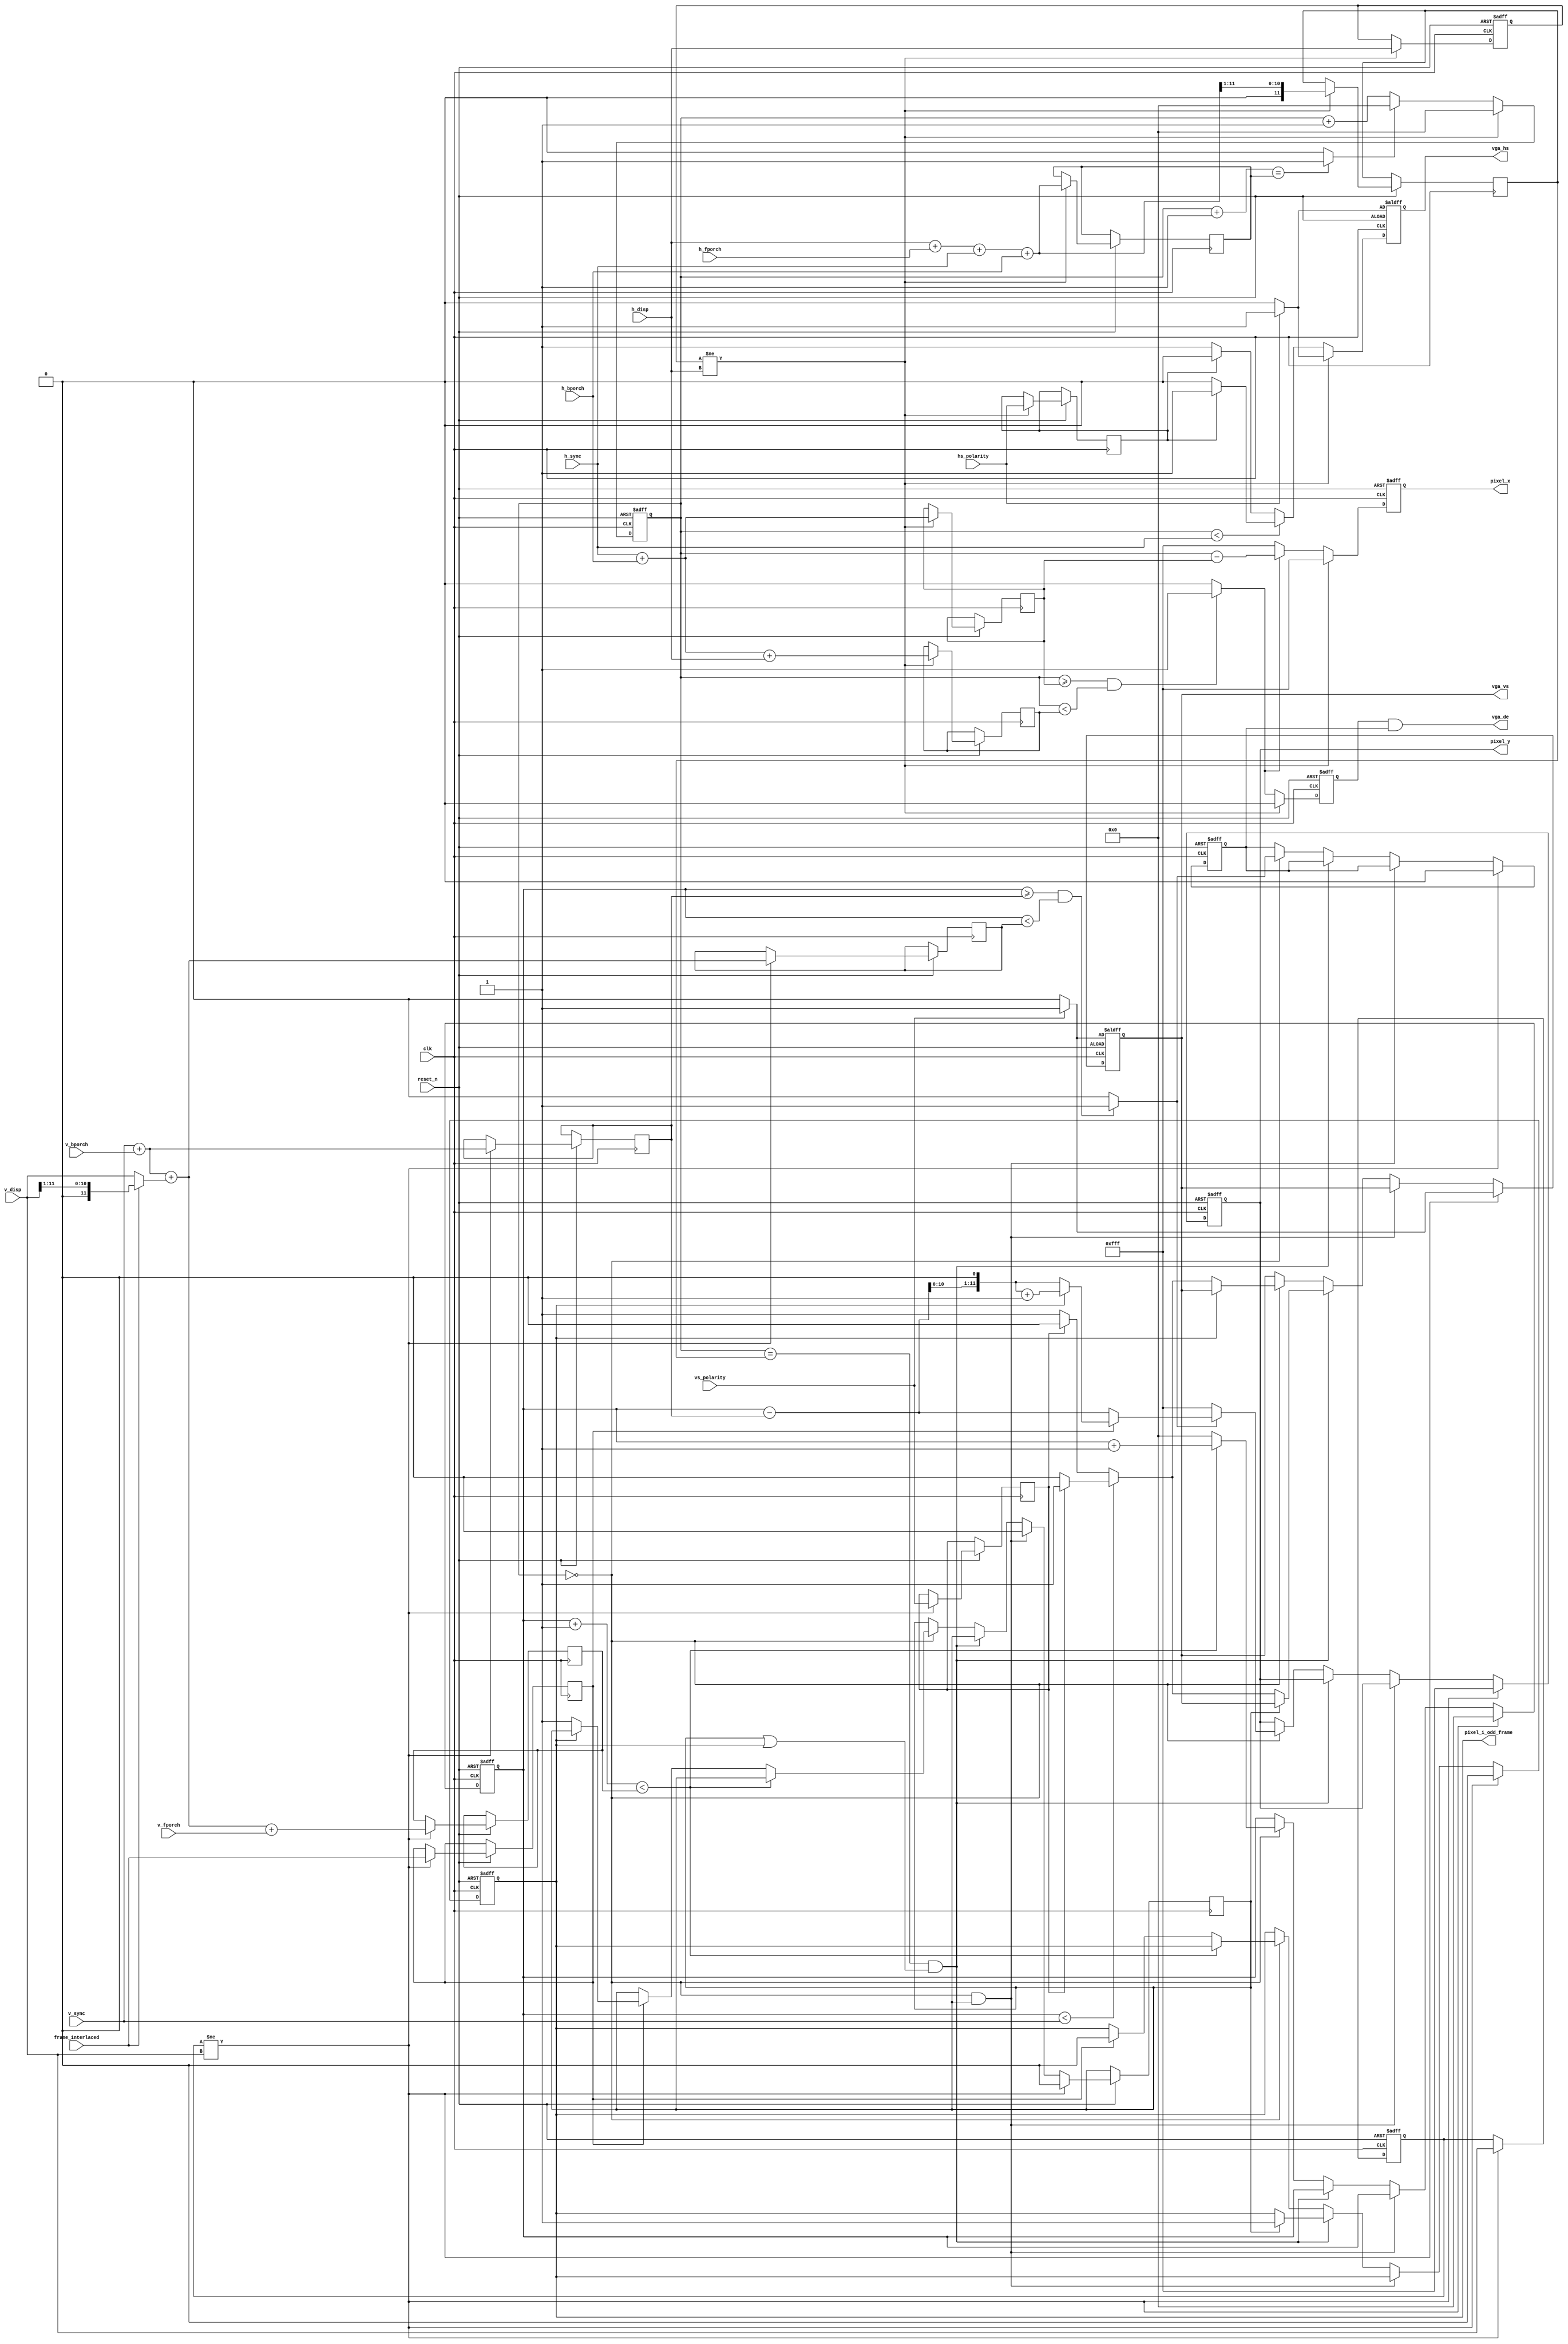
module vga_time_generator(

           clk,
           reset_n,
 
           h_disp,
           h_fporch,
           h_sync,   
           h_bporch,
 
           v_disp,
           v_fporch,
           v_sync,   
           v_bporch,
           
           hs_polarity,
           vs_polarity,
           frame_interlaced,
 
           vga_hs,
           vga_vs,
           vga_de,
           
           pixel_i_odd_frame,
           pixel_x,
           pixel_y
           
 
);

////////////////////////////////////////////////
/////// Port Declare
////////////////////////////////////////////////
input       	clk;
input       	reset_n;

input [11:0]	h_disp;
input [11:0]	h_fporch;
input [11:0]	h_sync;   
input [11:0]	h_bporch;

input [11:0]	v_disp;
input [11:0]	v_fporch;
input [11:0]	v_sync;   
input [11:0]	v_bporch;

input			hs_polarity;
input			vs_polarity;
input			frame_interlaced;

output  reg		vga_hs;
output  reg    	vga_vs;
output      	vga_de;

output	reg		pixel_i_odd_frame;
output  reg	[11:0]	pixel_x;
output  reg	[11:0]	pixel_y;




////////////////////////////////////////////////
///////h sync////////
////////////////////////////////////////////////
//h total sum//
reg [11:0]	h_total;
reg [11:0]	h_total_half;
reg [11:0]	h_pixel_start;
reg [11:0]	h_pixel_end;
reg		  	h_sync_polarity;
reg  	  	vga_h_de;

wire h_de;
wire [11:0] h_valid_pixel_count;
wire h_last_pixel;
assign h_de = (h_counter >= h_pixel_start && h_counter < h_pixel_end)?1'b1:1'b0;
assign h_valid_pixel_count = h_counter - h_pixel_start;
assign h_last_pixel = (h_counter+1 == h_total)?1'b1:1'b0;


//h counter gen //
reg [11:0]h_counter;
reg	[11:0] h_cur_disp;


//	H_Sync, H_Blank Generator, 
always @(posedge clk or negedge reset_n)
begin
	if (!reset_n)
	begin
		h_counter <= 12'h000;
		vga_hs <= hs_polarity?1'b1:1'b0;
		vga_h_de <= 1'b0;
		pixel_x <= 12'hfff;
		h_cur_disp <= 0;
    end
    else if (h_cur_disp != h_disp)
    begin
		h_cur_disp <= h_disp;
		//
		h_total <= h_disp+h_fporch+h_sync+h_bporch;	
		h_total_half <= (h_disp+h_fporch+h_sync+h_bporch ) >> 1;	
		h_pixel_start <= h_sync+h_bporch;
		h_pixel_end <= h_sync+h_bporch+h_disp;
		h_sync_polarity <= hs_polarity;
		//
		h_counter <= 12'h000;
		vga_hs <= hs_polarity?1'b1:1'b0;
		vga_h_de <= 1'b0;
		pixel_x <= 12'hfff;
	end
	else
	begin
		// h_counter
		if (!h_last_pixel) 
			h_counter <= h_counter+1'b1;
		else 
			h_counter <= 0;
			
	    // h sync generator
		if (h_counter < h_sync)
			vga_hs <= h_sync_polarity?1'b1:1'b0;
        else					
			vga_hs <= h_sync_polarity?1'b0:1'b1;
			
	    // de
		pixel_x <= (h_de)?h_valid_pixel_count:12'hfff; 
		vga_h_de <= h_de;
		
    end						
end


////////////////////////////////////////////////
/////v sync///// 
////////////////////////////////////////////////
//v total sum//
reg vga_v_de;
reg [11:0]v_total;
reg [11:0]v_pixel_start;
reg [11:0]v_pixel_end;
reg		  v_sync_polarity;
reg		  v_interlaced;
reg	  	  gen_field1_sync;
reg		  f0_to_f1;

wire [11:0] v_field_total;
wire [11:0] v_field_disp;
wire [11:0] v_valid_line_count;
wire v_de;
assign v_de = (v_counter >= v_pixel_start && v_counter < v_pixel_end)?1'b1:1'b0;
assign v_valid_line_count = v_counter - v_pixel_start;
assign v_field_disp = (frame_interlaced)?(v_disp >> 1):v_disp;
assign v_field_total = v_sync+v_bporch+v_field_disp+v_fporch;

//v counter gen
reg [11:0] v_counter;
reg	[11:0] v_cur_disp;

//	H_Sync, H_Blank Generator, 
always @(posedge clk or negedge reset_n)
begin
	if (!reset_n)
	begin
		v_counter <= 12'h000;
		vga_vs <= vs_polarity?1'b1:1'b0;
		vga_v_de <= 1'b0;
		pixel_y <= 12'hfff;
		pixel_i_odd_frame <= 1'b0;
		v_cur_disp <= 0;
	end
    else if (v_cur_disp != v_disp)
	begin
		v_cur_disp <= v_disp;
		//
		v_pixel_start <= v_sync+v_bporch;
		v_pixel_end <= v_sync+v_bporch+v_field_disp;
		v_total <= v_field_total;// + frame_interlaced; 
		v_sync_polarity <= vs_polarity;
		v_interlaced <= frame_interlaced;
		f0_to_f1 <= 1'b0;
		//
		v_counter <= 12'h000;
		vga_vs <= vs_polarity?1'b1:1'b0;
		vga_v_de <= 1'b0;
		pixel_y <= 12'hfff;
		pixel_i_odd_frame <= 1'b0;
	end
	else if (h_counter == 0 && f0_to_f1)
		f0_to_f1 <= 1'b0;  // line between field0 and filed1
	else if (h_counter == h_total_half && (f0_to_f1 || pixel_i_odd_frame))
	begin   // generate sync for filed1
		// v sync generator
		if (f0_to_f1)
			pixel_i_odd_frame <= 1'b1;
		else	
		begin
			if (v_counter < v_sync)  // v_counter, 0,1,2,3.... 
				vga_vs <= v_sync_polarity?1'b1:1'b0;
			else					
				vga_vs <= v_sync_polarity?1'b0:1'b1;		
		end		
	end	
	else if (h_counter == 0)
	begin
		// v_counter
		if (v_counter+1  < v_total) 
			v_counter <= v_counter+1'b1;
		else 
		begin
			v_counter <= 0;
			//
			if (v_interlaced)
			begin
				if (pixel_i_odd_frame)
					pixel_i_odd_frame <= 1'b0; 
				else	
					f0_to_f1 <= 1'b1;
			end
		end	
		
	    // v sync generator
	    if (!pixel_i_odd_frame)
	    begin
			if (v_counter < v_sync)
				vga_vs <= v_sync_polarity?1'b1:1'b0;
			else					
				vga_vs <= v_sync_polarity?1'b0:1'b1;
        end					
			
	    // blank	
	    vga_v_de <= v_de;
		if (!v_de)
			pixel_y <= 12'hfff;
		else if (!v_interlaced)
			pixel_y <= v_valid_line_count;
		else if (pixel_i_odd_frame)
			pixel_y <= (v_valid_line_count << 1) + 1;  // odd frame, 1, 3, 5, ...
		else
			pixel_y <= v_valid_line_count << 1;  // even frame, 0, 2, 4, ...
			
	end
end

//sync timing output//


assign vga_de = vga_h_de & vga_v_de;


endmodule